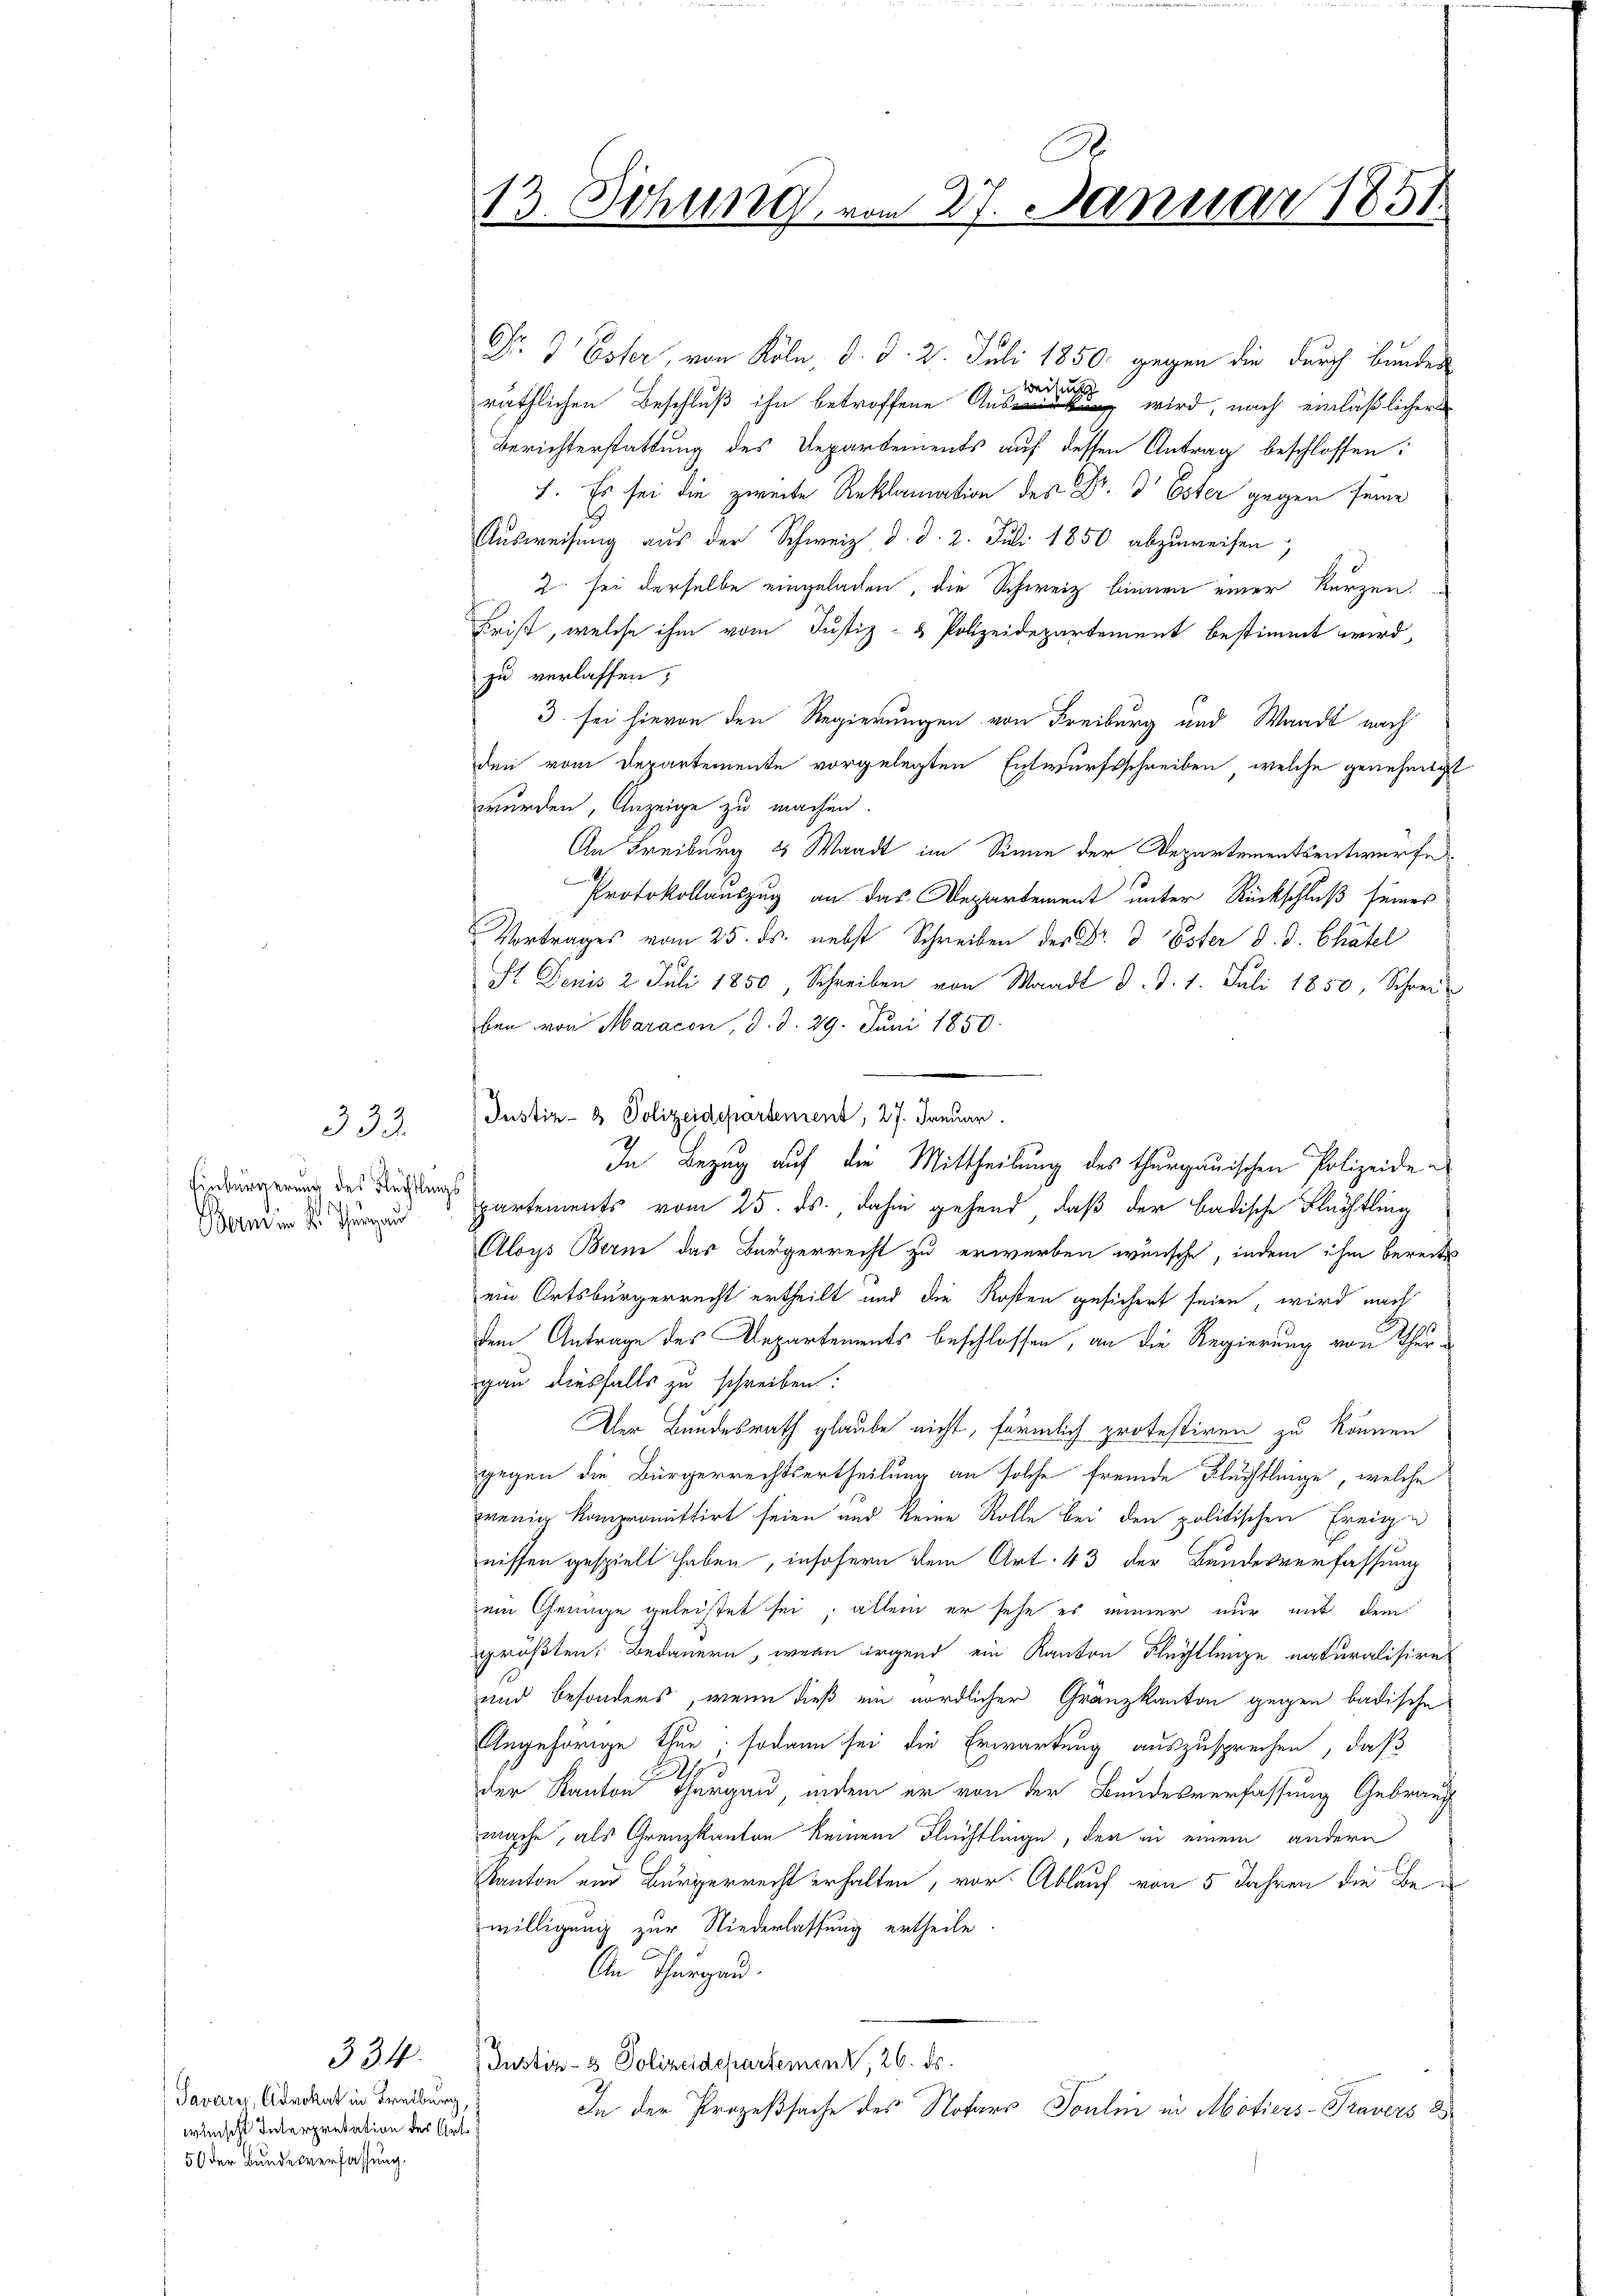
333.
Einbürgerung des Flechtlings

334.
Savarii, Advokat in Freiburg,
wünscht Interpretation des Ort¬
50 der Bundesverfassung.

Dr 3 Ester, von Köln, d. d. 2. Juli 1850 gegen die durch bunden
e

räthlichen Beschluß ihn betroffene Aus wird, nach einläßlicher
Berichterstattung des Departements auf dessen Antrag beschlossen:
h. Es sei die zweite Reklamation des Dr. Dr Ester gegen seine
Aŭsweisung aus der Schweiz d. d. 2. Juli 1850 abzuweisen,
2 sei derselbe eingeladen, die Schweiz binnen einer kurzen.
Krist, welche ihm vom Justiz- & Polizeidepartement bestimmt wird,
zu verlassen,
3. sei hievon den Regierungen von Freiburg und Waadt nach
den vom Departemente vorgelegten Entwurfsschreiben, welche genehmigt
wurden Anzeige zu machen.
An Freiburg 8 Waadt im Sinne der Departementsentwurfe
Protokollauszug an das Departement unter Rückschluß seiner
Vortrages vom 25. ds. nebst Schreiben der Dr. 3 Ester d. J. Chätel
St Denis 2. Juli 1850, Schreiben von Waadt d. d. 1. Juli 1850, Schrei
ben von Maracon, d. d. 29. Juni 1850.
Justiz- & Polizeidepartement, 27. Januar.
In Bezug auf die Mittheilung des thurgauischen Polizeide
 partements vom 25. ds., dahin gehend, daß der badische Flüchtling
Aloys Bern das Bürgerrecht zu erwerben wünsche, indem ihm bereits
ein Ortsbürgerrecht ertheilt und die Kosten gesichert seien, wird nach
dem Antrage des Departements beschlossen, an die Regierung von Thergau diesfalls zu schreiben:
Der Bundesrath glaube nicht, förmlich protestiren zu können
gegen die Bürgerrechtsertheilung an solche fremde Fluchtlinge, welche
wenig kompromittirt seien und keine Rolle bei den politischen Ereige
nissen gespielt haben, insofern dem Art. 43 der Bandesverfassung
ein Genüge geleistet sei; allein er sehe es immer nur mit dem
größten Bedauern, wenn irgend ein Kanton Flechtlinge naturalisire
und besonders, wenn dieß ein nördlicher Gränzkanton gegen badische
Angehörige thue; sodann sei die Erwartung auszusprechen, daß
7
der Kanton Thurgau, indem er von der Bundesverfassung Gebrauch
mache, als Grenzkanton keinem Flüchtlinge, der in einem andern
Kanton und Bürgerrecht erhalten, vor Ablauf von 5 Jahren die Bewilligung zur Niederlassung ertheile.
An Thurgau.
Justiz- & Polizeidepartement, 26. ds.
In der Prozeßsache des Notars Toulin in Motiers-Pravers d

C
13. Sitzung vom 27. Januar 1851.